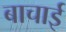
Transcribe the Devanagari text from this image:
बाचाई